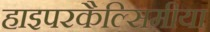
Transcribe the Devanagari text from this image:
हाइपरकैल्सिमीया